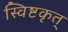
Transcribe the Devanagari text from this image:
स्विष्टकृत्